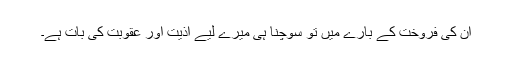
ان کی فروخت کے بارے میں تو سوچنا ہی میرے لیے اذیت اور عقوبت کی بات ہے۔